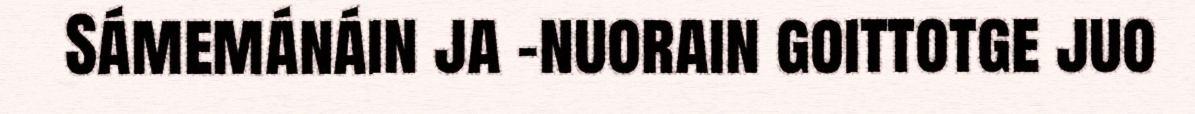
Sámemánáin ja -nuorain goittotge juo